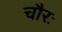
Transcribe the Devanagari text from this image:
चौरः